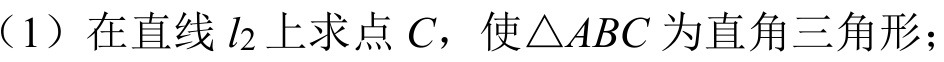
（1）在直线 \(l_{2}\) 上求点 \(C\)，使\(\triangle ABC\) 为直角三角形；